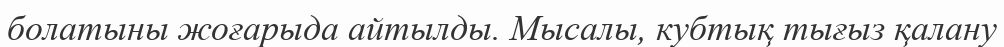
болатыны жоғарыда айтылды. Мысалы, кубтық тығыз қалану